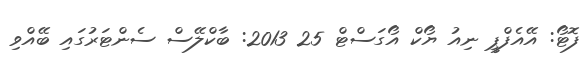
ފޮޓޯ: އޭއެފްޕީ ނިއު ޔޯކް އޯގަސްޓް 25 2013: ބާކްލޭސް ސެންޓަރުގައި ބޭއްވި